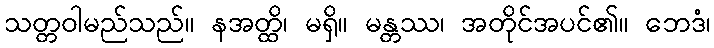
သတ္တဝါမည်သည်။ နအတ္ထိ၊ မရှိ။ မန္တဿ၊ အတိုင်အပင်၏။ ဘေဒံ၊